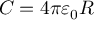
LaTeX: C = 4 \pi \varepsilon _ { 0 } R